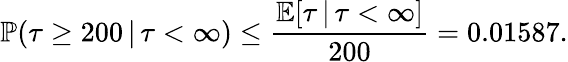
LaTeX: \mathbb{P}(\tau\geq 200\, |\, \tau<\infty)\leq\frac{\mathbb{E}[\tau\, |\, \tau<\infty]}{200}=0.01587.